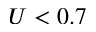
U < 0 . 7